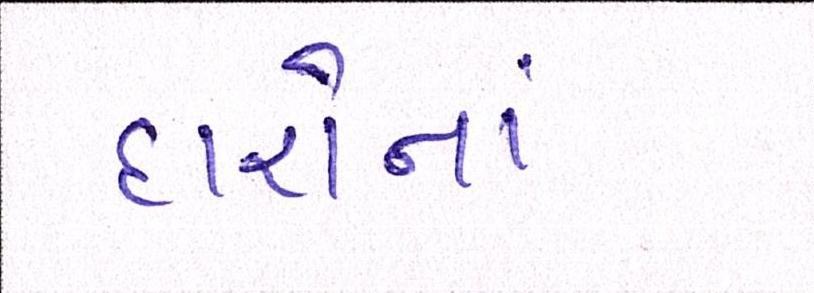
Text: દારોનાં